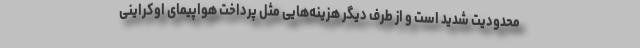
محدودیت شدید است و از طرف دیگر هزینه‌هایی مثل پرداخت هواپیمای اوكراینی